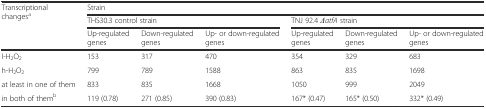
| <ROWSPAN=3> Transcriptional changesa | <COLSPAN=6> Strain |
 | <COLSPAN=3> THS30.3 control strain | <COLSPAN=3> TNJ 92.4 ΔatfA strain |
 | Up-regulated genes | Down-regulated genes | Up- or down-regulated genes | Up-regulated genes | Down-regulated genes | Up- or down-regulated genes |
 | --- | --- | --- | --- | --- | --- | --- |
 | l-H2O2 | 153 | 317 | 470 | 354 | 329 | 683 |
 | h-H2O2 | 799 | 789 | 1588 | 863 | 835 | 1698 |
 | at least in one of them | 833 | 835 | 1668 | 1050 | 999 | 2049 |
 | in both of themb | 119 (0.78) | 271 (0.85) | 390 (0.83) | 167* (0.47) | 165* (0.50) | 332* (0.49) |